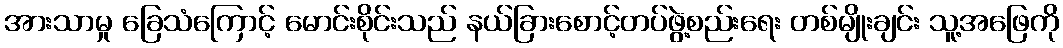
အားသာမှု ခြေသံကြောင့် မောင်းစိုင်းသည် နယ်ခြားစောင့်တပ်ဖွဲ့စည်းရေး တစ်မျိုးချင်း သူ့အဖြေကို